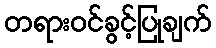
တရားဝင်ခွင့်ပြုချက်